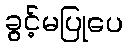
ခွင့်မပြုပေ